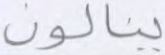
ينالون